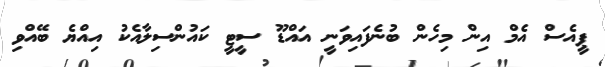
ޕީއެސް އެމް އިން މިހެން ބުނެފައިވަނީ އައްޑޫ ސީޓީ ކައުންސިލާއެކު އިއްޔެ ބޭއްވި